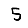
Digit: 5